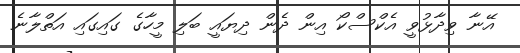
އޭނާ ވިދާޅުވީ އެކްސްކޯ އިން ދެން ދިޔައީ ބަލި މީހާގެ ގައިގައި އަތްލާނެ